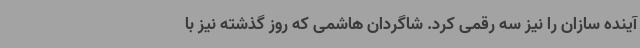
آینده سازان را نیز سه رقمی کرد. شاگردان هاشمی که روز گذشته نیز با